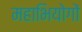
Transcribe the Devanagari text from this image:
महाभियोगों